Source: Handwritten
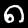
Digit: ၈ (8)